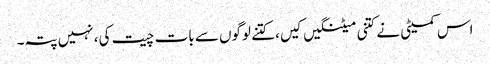
اس کمیٹی نے کتنی میٹنگیں کیں، کتنے لوگوں سے بات چیت کی، نہیں پتہ۔